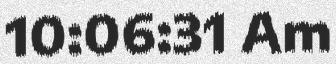
10:06:31 Am